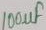
Text: 100µF